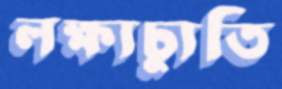
লক্ষ্যচ্যুতি